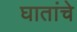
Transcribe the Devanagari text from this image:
घातांचे